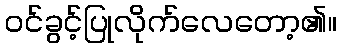
ဝင်ခွင့်ပြုလိုက်လေတော့၏။